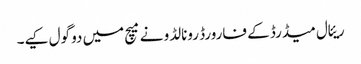
ریئال میڈرڈ کے فارورڈ رونالڈو نے میچ میں دو گول کیے۔